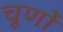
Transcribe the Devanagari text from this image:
चूर्णों